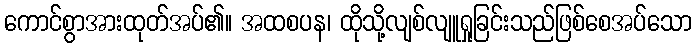
ကောင်စွာအားထုတ်အပ်၏။ အထစပန၊ ထိုသို့လျစ်လျူရှုခြင်းသည်ဖြစ်စေအပ်သော